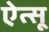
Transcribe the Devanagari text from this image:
ऐत्सू